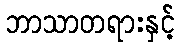
ဘာသာတရားနှင့်